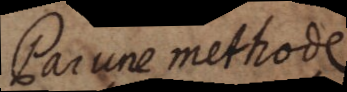
III Par une methode